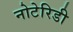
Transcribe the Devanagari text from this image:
नोटेरिडी